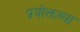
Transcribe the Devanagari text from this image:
प्रयोक्तव्या